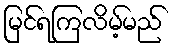
မြင်ရကြလိမ့်မည်